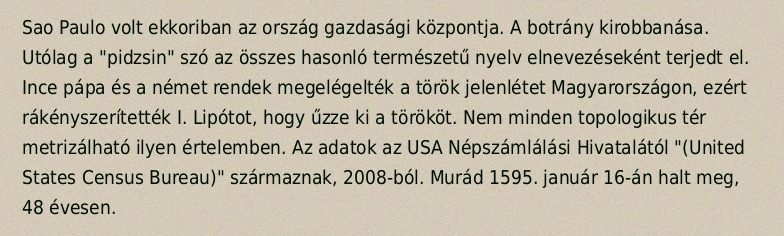
Sao Paulo volt ekkoriban az ország gazdasági központja. A botrány kirobbanása. Utólag a "pidzsin" szó az összes hasonló természetű nyelv elnevezéseként terjedt el. Ince pápa és a német rendek megelégelték a török jelenlétet Magyarországon, ezért rákényszerítették I. Lipótot, hogy űzze ki a törököt. Nem minden topologikus tér metrizálható ilyen értelemben. Az adatok az USA Népszámlálási Hivatalától "(United States Census Bureau)" származnak, 2008-ból. Murád 1595. január 16-án halt meg, 48 évesen.